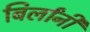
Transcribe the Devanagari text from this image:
बिर्लांनी